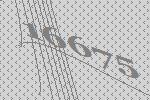
16675